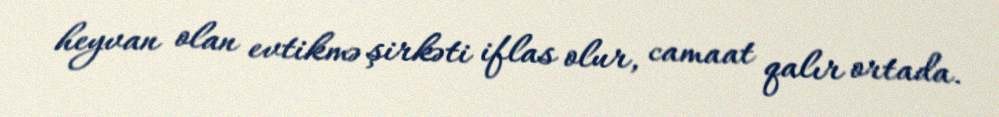
heyvan olan evtikmə şirkəti iflas olur, camaat qalır ortada.